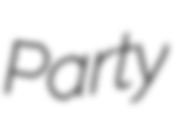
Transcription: Party